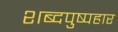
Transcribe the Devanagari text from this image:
शब्दपुष्पहार